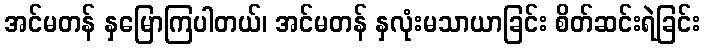
အင်မတန် နှမြောကြပါတယ်၊ အင်မတန် နှလုံးမသာယာခြင်း စိတ်ဆင်းရဲခြင်း